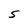
Character: 5